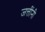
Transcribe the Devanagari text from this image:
जत्तींनी